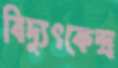
বিদ্যুৎকেন্দ্র